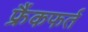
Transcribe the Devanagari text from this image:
फ्रैंकफर्त